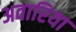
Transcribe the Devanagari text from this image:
अवारिया